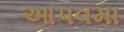
આપવમા